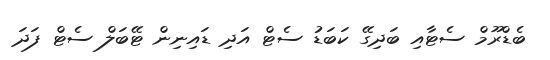
ބެޑްރޫމް ސެޓާއި ބަދިގޭ ކަބަޑު ސެޓް އަދި ޑައިނިން ޓޭބަލް ސެޓް ފަދަ